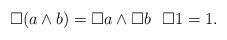
LaTeX: \begin{align*}\Box (a \land b) = \Box a \land \Box b \, \, \, \, \Box 1 = 1.\end{align*}